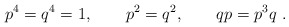
\begin{align*}p^4=q^4=1, \quad \quad p^2=q^2, \quad \quad qp=p^3q ~.\end{align*}